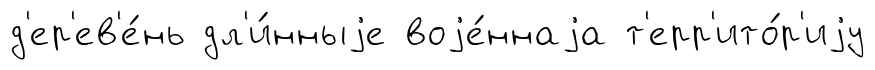
д'ер'ев'е́нь дл'и́нныjе воjе́ннаjа т'ерр'ито́р'иjу